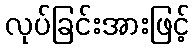
လုပ်ခြင်းအားဖြင့်